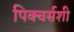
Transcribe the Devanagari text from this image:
पिक्चर्सशी